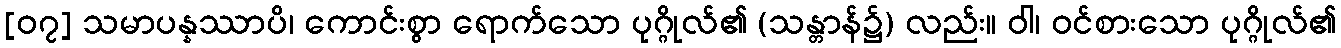
[၀၇] သမာပန္နဿာပိ၊ ကောင်းစွာ ရောက်သော ပုဂ္ဂိုလ်၏ (သန္တာန်၌) လည်း။ ဝါ၊ ဝင်စားသော ပုဂ္ဂိုလ်၏